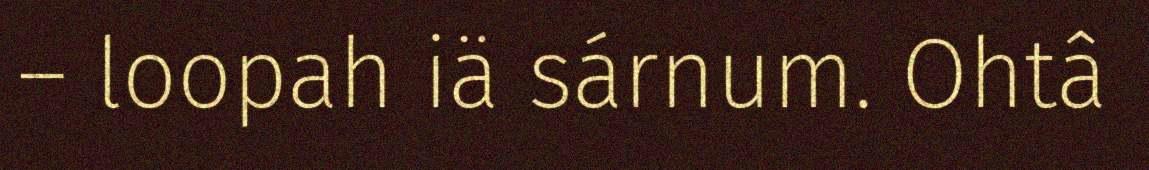
– loopah iä sárnum. Ohtâ